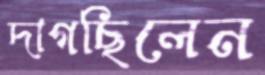
দাগছিলেন